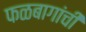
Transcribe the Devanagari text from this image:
फळबागांची